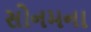
સોનમના